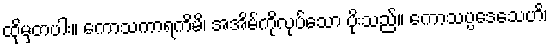
ထိုမှတပါး။ ကောသကာရကိမိ၊ အအိမ်ကိုလုပ်သော ပိုးသည်။ ကောသပ္ပဒေသေဟိ၊